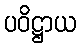
ပဝိဋ္ဌာယ